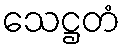
သေဋ္ဌတံ